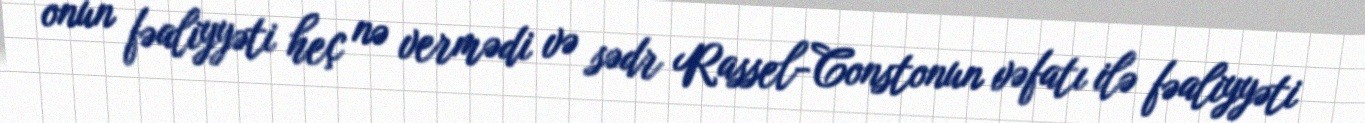
onun fəaliyyəti heç nə vermədi və sədr Rassel-Constonun vəfatı ilə fəaliyyəti